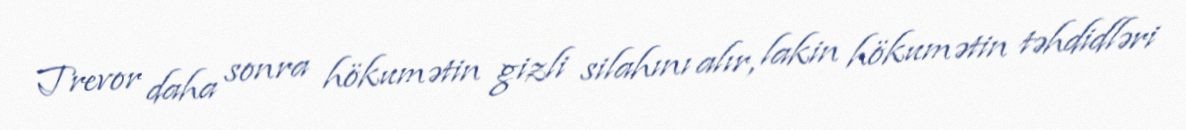
Trevor daha sonra hökumətin gizli silahını alır, lakin hökumətin təhdidləri